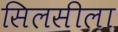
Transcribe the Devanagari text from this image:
सिलसीला